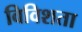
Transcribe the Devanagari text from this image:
विविशता